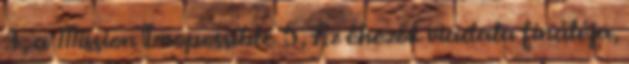
4, a Mission Imopossible 5, Az éhezők viadala fináléja,